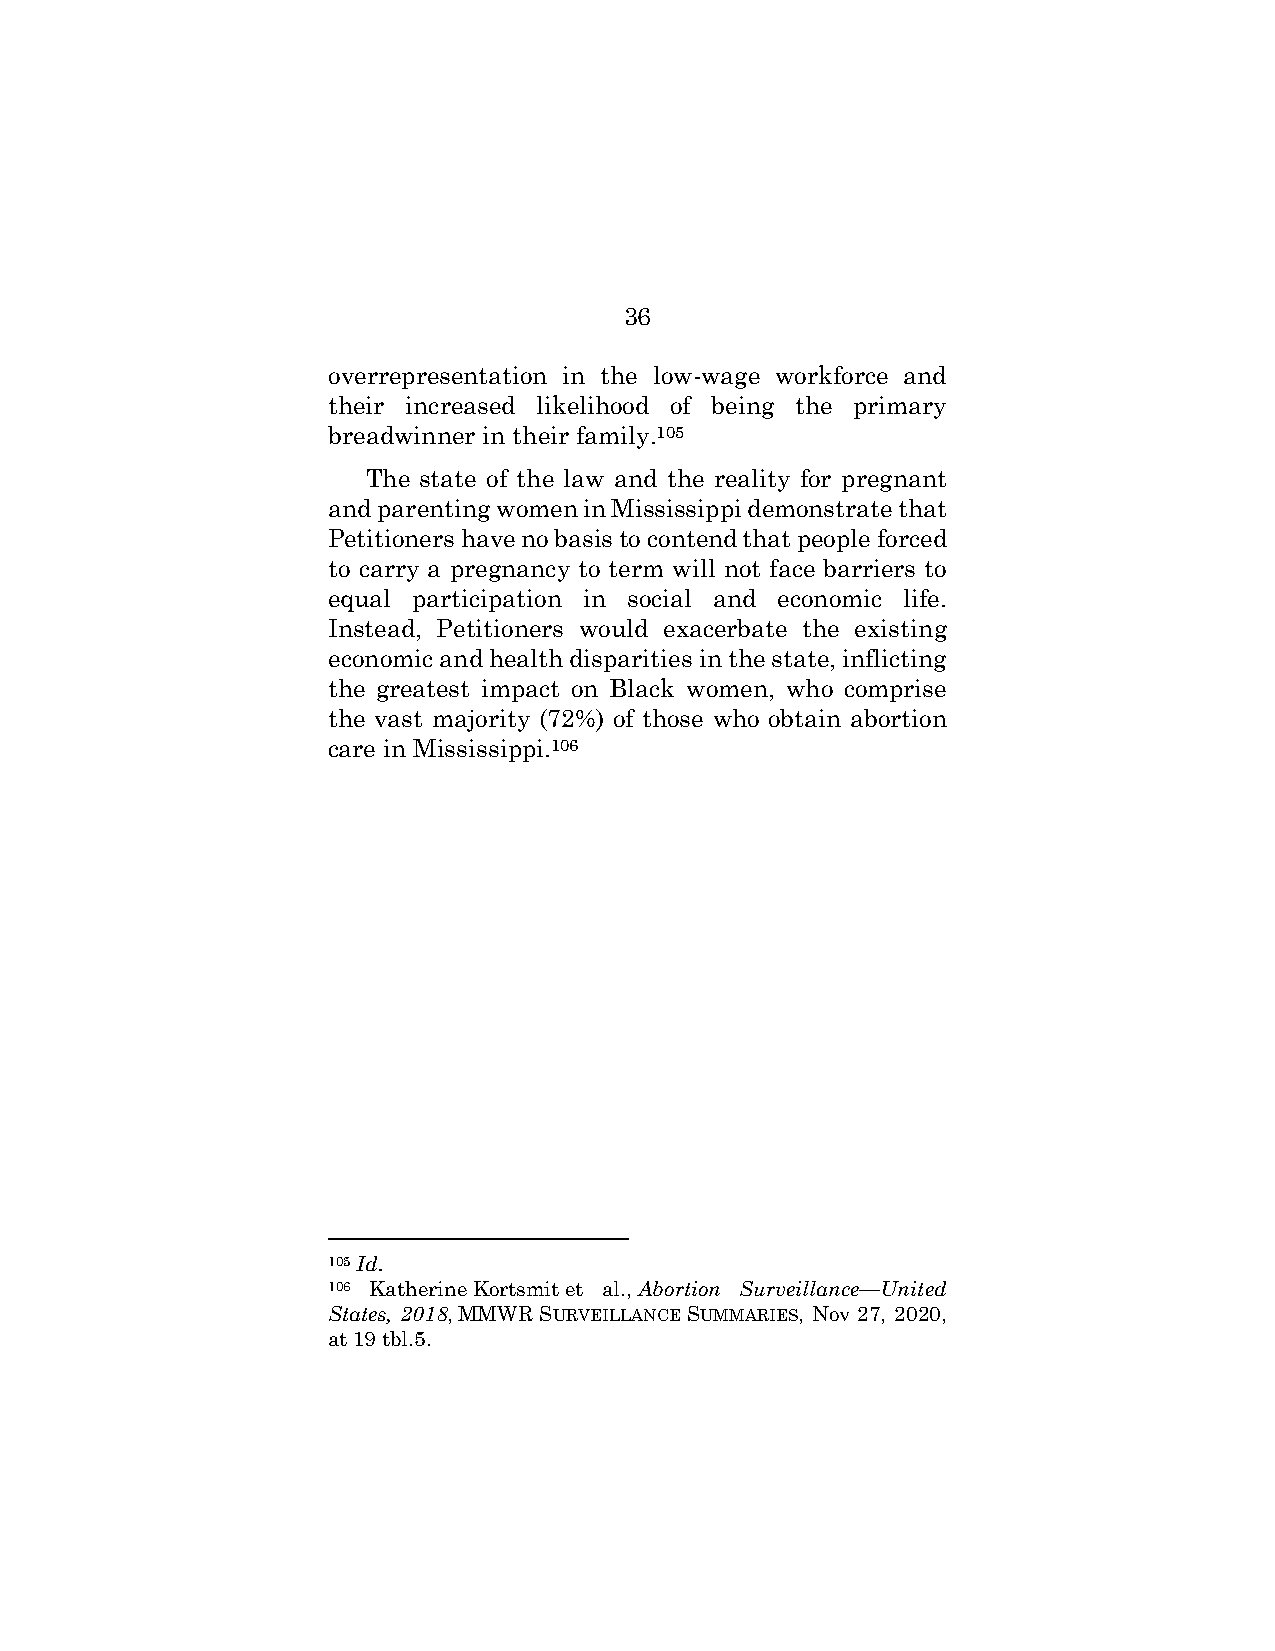
36
 overrepresentation in the low-wage workforce and
 their increased likelihood of being the primary
 breadwinner in their family.105
 The state of the law and the reality for pregnant
 and parenting women in Mississippi demonstrate that
 Petitioners have no basis to contend that people forced
 to carry a pregnancy to term will not face barriers to
 equal participation in social and economic life.
 Instead, Petitioners would exacerbate the existing
 economic and health disparities in the state, inflicting
 the greatest impact on Black women, who comprise
 the vast majority (72%) of those who obtain abortion
 care in Mississippi.106
 105 Id.
 106 Katherine Kortsmit et al., Abortion Surveillance—United
 States, 2018, MMWR SURVEILLANCE SUMMARIES, Nov 27, 2020,
 at 19 tbl.5.